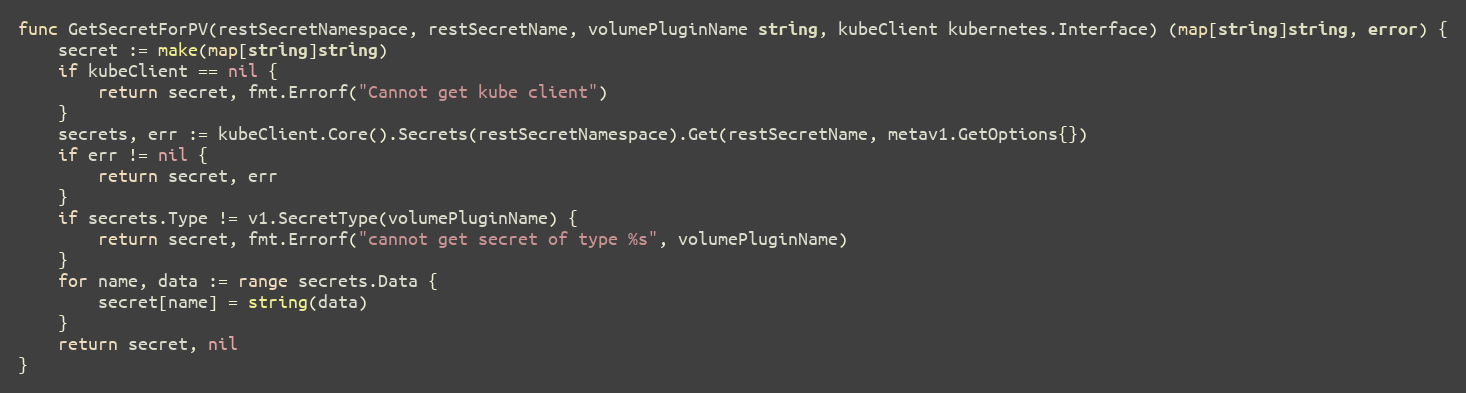
Language: Go
func GetSecretForPV(restSecretNamespace, restSecretName, volumePluginName string, kubeClient kubernetes.Interface) (map[string]string, error) {
	secret := make(map[string]string)
	if kubeClient == nil {
		return secret, fmt.Errorf("Cannot get kube client")
	}
	secrets, err := kubeClient.Core().Secrets(restSecretNamespace).Get(restSecretName, metav1.GetOptions{})
	if err != nil {
		return secret, err
	}
	if secrets.Type != v1.SecretType(volumePluginName) {
		return secret, fmt.Errorf("cannot get secret of type %s", volumePluginName)
	}
	for name, data := range secrets.Data {
		secret[name] = string(data)
	}
	return secret, nil
}